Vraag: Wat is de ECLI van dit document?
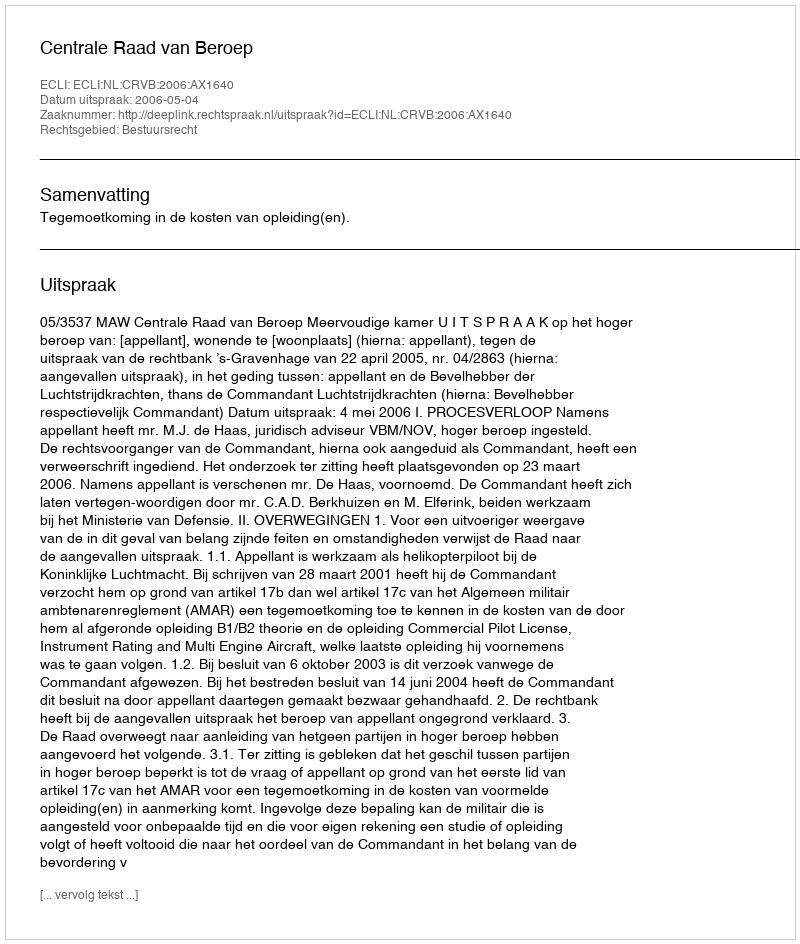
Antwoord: ECLI:NL:CRVB:2006:AX1640